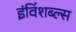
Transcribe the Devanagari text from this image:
इंविंशब्ल्स